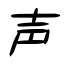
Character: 声